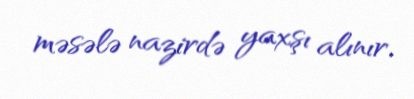
məsələ nazirdə yaxşı alınır.